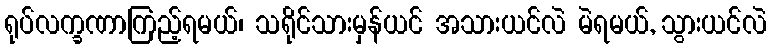
ရုပ်လက္ခဏာကြည့်ရမယ်၊ သရိုင်သားမှန်ယင် အသားယင်လဲ မဲရမယ်, သွားယင်လဲ